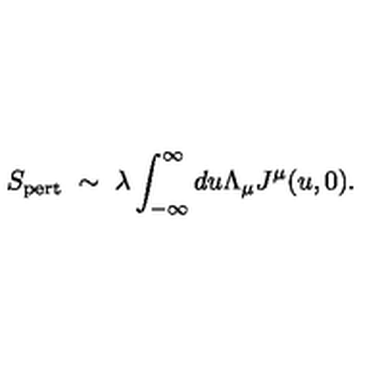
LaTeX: S _ { \mathrm { p e r t } } \ \sim \ \lambda \int _ { - \infty } ^ { \infty } d u \Lambda _ { \mu } J ^ { \mu } ( u , 0 ) .